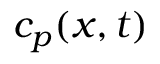
c _ { p } ( x , t )